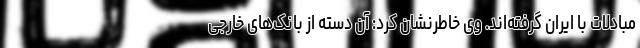
مبادلات با ایران گرفته‌اند. وی خاطرنشان کرد: آن دسته از بانک‌های خارجی